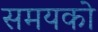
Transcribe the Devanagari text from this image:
समयको